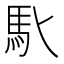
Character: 𩡬